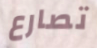
تصارع